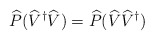
\begin{align*}\widehat{P}(\widehat{V}^\dagger\widehat{V})=\widehat{P}(\widehat{V}\widehat{V}^\dagger)\end{align*}